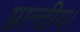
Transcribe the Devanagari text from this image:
प्रान्तीय।